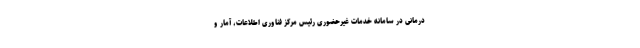
درمانی در سامانه خدمات غیرحضوری رئیس مرکز فناوری اطلاعات، آمار و